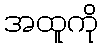
အထူကို